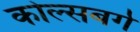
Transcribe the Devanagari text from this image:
कोल्सबर्ग